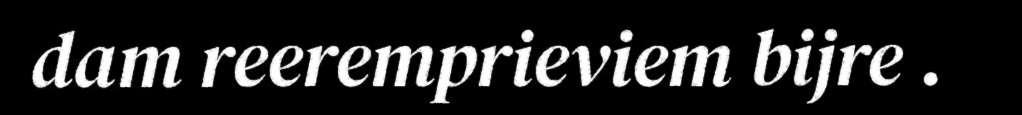
dam reeremprieviem bijre .